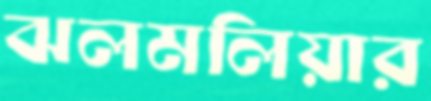
ঝলমলিয়ার